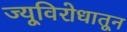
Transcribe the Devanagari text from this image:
ज्यूविरोधातून